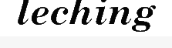
leching